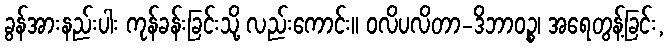
ခွန်အားနည်းပါး ကုန်ခန်းခြင်းသို့ လည်းကောင်း။ ဝလိပလိတာ-ဒိဘာဝဉ္စ၊ အရေတွန့်ခြင်း,